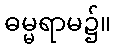
ဓမ္မရာမ၌။